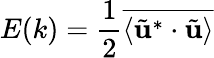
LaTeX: E(k)=\frac{1}{2}\overline{{\langle\tilde{\mathbf{u}}^{\ast}\cdot\tilde{\mathbf{u}}\rangle}}